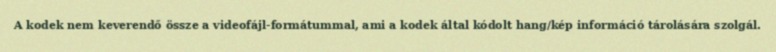
A kodek nem keverendő össze a videofájl-formátummal, ami a kodek által kódolt hang/kép információ tárolására szolgál.